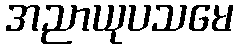
အညာယုပသမေ